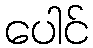
ပေါင်